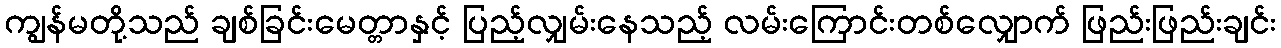
ကျွန်မတို့သည် ချစ်ခြင်းမေတ္တာနှင့် ပြည့်လျှမ်းနေသည့် လမ်းကြောင်းတစ်လျှောက် ဖြည်းဖြည်းချင်း